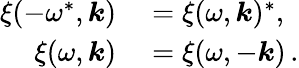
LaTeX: \begin{array}{rl}{\xi(-\omega^{*},\boldsymbol{k})}&{{}=\xi(\omega,\boldsymbol{k})^{*},}\\ {\xi(\omega,\boldsymbol{k})}&{{}=\xi(\omega,-\boldsymbol{k})\, .}\end{array}